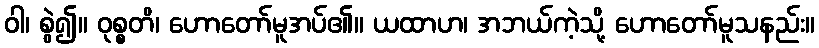
ဝါ၊ စွဲ၍။ ဝုစ္စတိ၊ ဟောတော်မူအပ်၏။ ယထာဟ၊ အဘယ်ကဲ့သို့ ဟောတော်မူသနည်း။